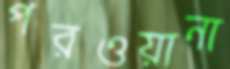
পরওয়ানা